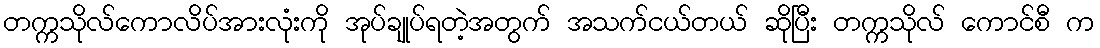
တက္ကသိုလ်ကောလိပ်အားလုံးကို အုပ်ချုပ်ရတဲ့အတွက် အသက်ငယ်တယ် ဆိုပြီး တက္ကသိုလ် ကောင်စီ က